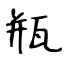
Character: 瓶